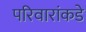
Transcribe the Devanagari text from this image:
परिवारांकडे